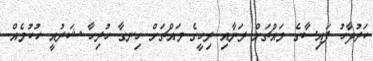
ކަރުދާހު ފައިސާގެ މައްޗަށް ރަނާއި ރިހީގެ މައްޗަށް ހިނގާ ހުރިހާ ޝަރުއީ ހުކުމެއް